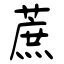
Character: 蔗